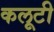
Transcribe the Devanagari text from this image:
कलूटी